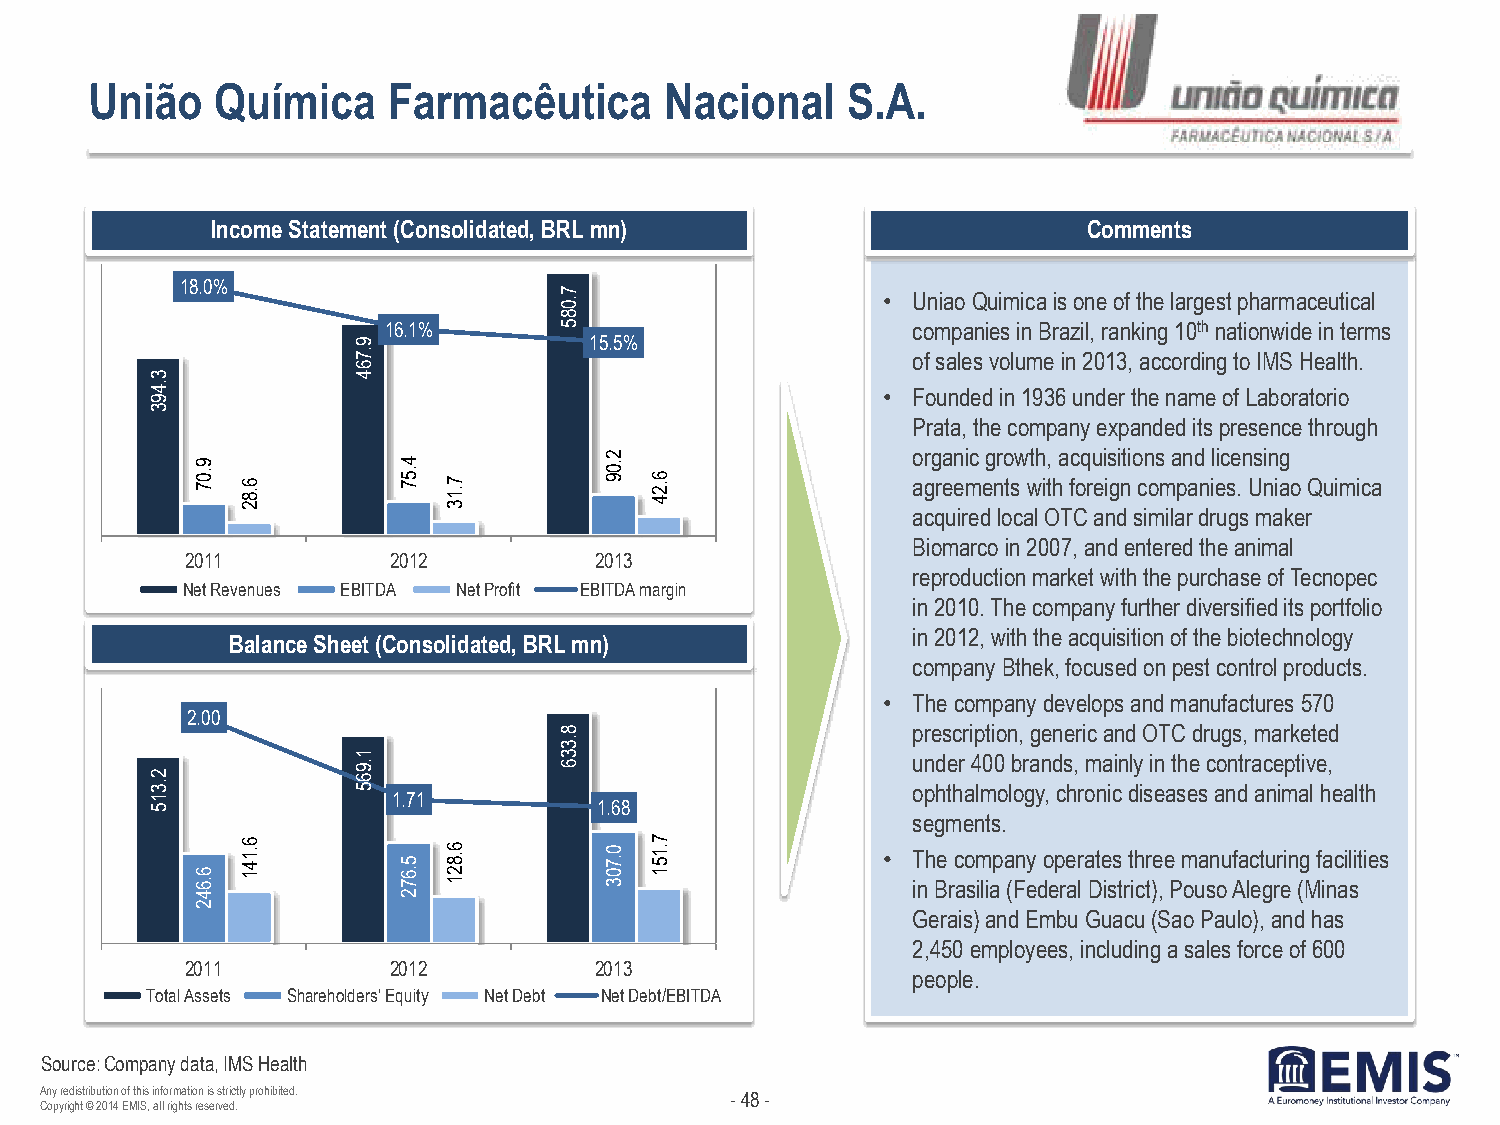
União   Química     Farmacêutica      Nacional    S.A.
 Income Statement (Consolidated, BRL mn)                   Comments
 18.0%
 7 .0                 • Uniao Quimica is one of the largest pharmaceutical
 8
 16.1%       5                      companies in Brazil, ranking 10th nationwide in terms
 9               15.5%
 .7                                   of sales volume in 2013, according to IMS Health.
 3
 6
 4
 .4
 • Founded in 1936 under the name of Laboratorio
 9
 3
 Prata, the company expanded its presence through
 9
 .0 7 6 .8
 2
 4
 .5 7 7 .1
 3
 2
 .0
 9  6 .2
 4
 o
 a
 ar
 g
 cg qra
 e
 un
 e
 iri
 m
 ec
 d
 eg nr loo
 ts
 cw awt lh
 i
 Ot,
 h
 a
 T
 fc Coq
 r
 u
 e
 ai
 i
 ns
 g
 di nt i o
 sc
 in
 o
 ms
 m
 ila apn
 ra
 d
 dn
 ril ei uc
 s
 ge
 .
 sn
 U
 s mnin aiag
 ko
 e
 rQ uimica
 Biomarco in 2007, and entered the animal
 2011          2012         2013
 reproduction market with the purchase of Tecnopec
 Net Revenues EBITDA Net Profit EBITDA margin
 in 2010. The company further diversified its portfolio
 in 2012, with the acquisition of the biotechnology
 Balance Sheet (Consolidated, BRL mn)
 company Bthek, focused on pest control products.
 • The company develops and manufactures 570
 2.00
 8                      prescription, generic and OTC drugs, marketed
 2 .3
 1 .9
 6 5
 .3
 3 6                    u on pd he thr
 a
 4 lm00
 o
 lb or ga yn
 ,
 d cs h,
 r
 om na icin dly
 is
 i en
 a
 t sh ee
 s
 c ao nn dtr a ac ne impt aiv
 l
 e h,
 e alth
 1 5             1.71          1.68
 segments.
 6 .6 6 .1 4 1 5 .6 7 6 .8 2 1 0 .7 0 3 7 .1 5 1 • T inh Be rc ao sm iliap a (Fn ey do ep re ar l a Dte iss t rt ih cr t)e ,e P m oua sn ou f Aa lc et gu rr ein (g M f ia nc ail sit ies
 4            2
 2
 Gerais) and Embu Guacu (Sao Paulo), and has
 2,450 employees, including a sales force of 600
 2011          2012         2013
 people.
 Total Assets Shareholders' Equity Net Debt Net Debt/EBITDA
 Source: Company data, IMS Health
 Any redistribution of this information is strictly prohibited. - 48 -
 Copyright © 2014 EMIS, all rights reserved.